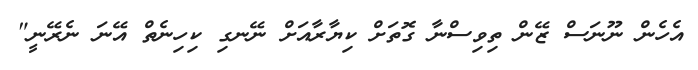
އެހެން ނޫނަސް ޒޭން ތިވިސްނާ ގޮތަށް ކިޔާރާއަށް ނޭނގި ކިހިނެތް އޭނަ ނެރޭނީ"